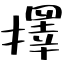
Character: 擇